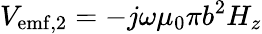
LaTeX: V_{\mathrm{emf,2}}=-j\omega\mu_{0}\pi b^{2}H_{z}